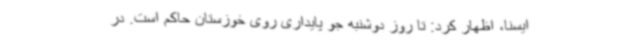
ایسنا، اظهار کرد: تا روز دوشنبه جو پایداری روی خوزستان حاکم است. در